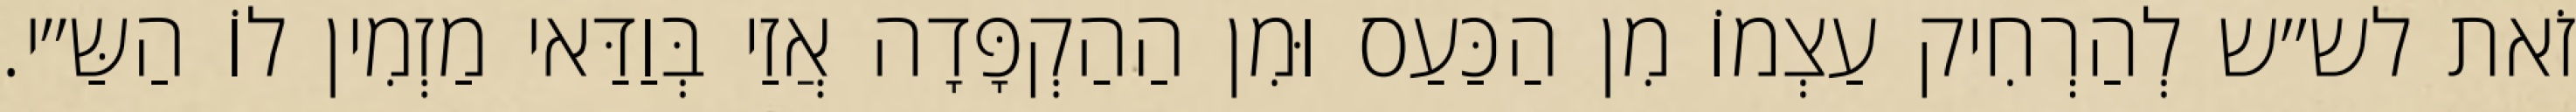
זֹאת לש״ש לְהַרְחִיק עַצְמוֹ מִן הַכַּעַס וּמִן הַהַקְפָּדָה אֲזַי בְּוַדַּאי מַזְמִין לוֹ הַשַּ״י.